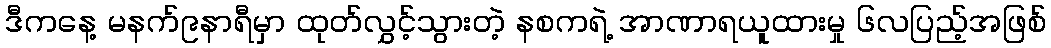
ဒီကနေ့ မနက်၉နာရီမှာ ထုတ်လွှင့်သွားတဲ့ နစကရဲ့ အာဏာရယူထားမှု ၆လပြည့်အဖြစ်